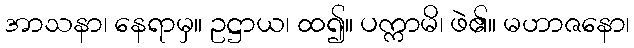
အာသနာ၊ နေရာမှ။ ဥဋ္ဌာယ၊ ထ၍။ ပက္ကာမိ၊ ဖဲ၏။ မဟာဇနော၊